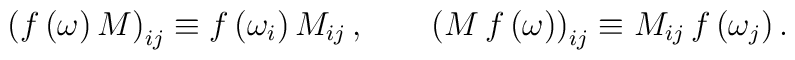
\left(f \left( \omega \right) M \right)_{ij} \equiv f\left( \omega_i \right) M_{ij}\,,\qquad \left(M \, f\left( \omega \right) \right)_{ij} \equiv M_{ij} \,f \left( \omega_j \right).